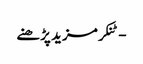
- ٹنکرمزید پڑھنے